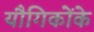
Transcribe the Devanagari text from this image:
यौगिकोंके